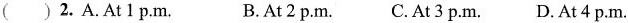
( ) 2. A. At 1 p.m. B. At 2 p.m. C. At 3 p.m. D. At 4 p.m.